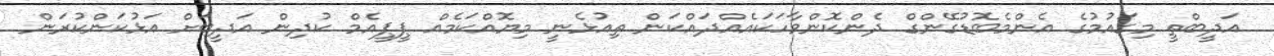
އަދީބްތީ މިގައުމުގެ އެންމެބޮޑުގޭންގް ދެންކޮންވާހަކައެއްދައްކަން ތިއުޅެނީ މިޔޮއްކަމެއް ޕީޕީއެމް ކުދިން އަދީބަށް އަޅުކަންކުރަން